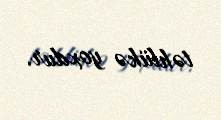
təhlükə yoxdur.